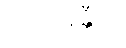
ဝိသိဗ္ဗေန္တီတိ